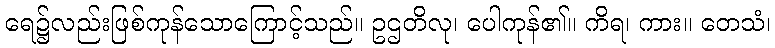
ရေ၌လည်းဖြစ်ကုန်သောကြောင့်သည်။ ဥဌတိလု၊ ပေါကုန်၏။ ကိရ၊ ကား။ တေသံ၊